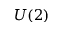
U ( 2 )